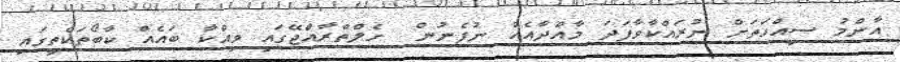
އާންމު ސިއްހަތަށް ނުރައްކާވާފަދަ މާއްދާއެއް ނުފެނުން  ހެލްތްރާއްޖޭގައި ވިއްކާ ބައެއް ކާބޯތަކެތީގައި